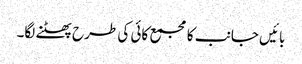
بائیں جانب کا مجمع کائی کی طرح پھٹنے لگا۔